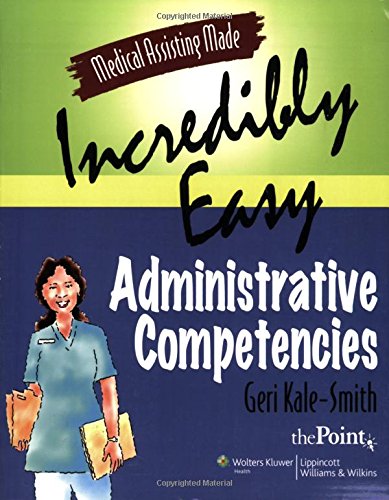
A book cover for Medical Assisting Made Incredibly Easy: Administrative Competencies; Geri Kale-Smith; Medical Books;